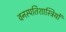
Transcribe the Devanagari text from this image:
वनस्‍पतिशास्‍त्रियों